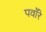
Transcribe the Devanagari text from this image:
पवाँरे